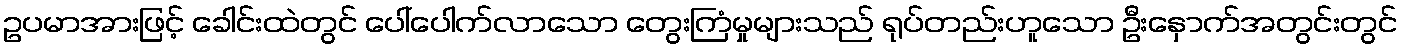
ဥပမာအားဖြင့် ခေါင်းထဲတွင် ပေါ်ပေါက်လာသော တွေးကြံမှုများသည် ရုပ်တည်းဟူသော ဦးနှောက်အတွင်းတွင်